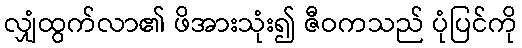
လျှံထွက်လာ၏ ဖိအားသုံး၍ ဇီဝကသည် ပုံပြင်ကို